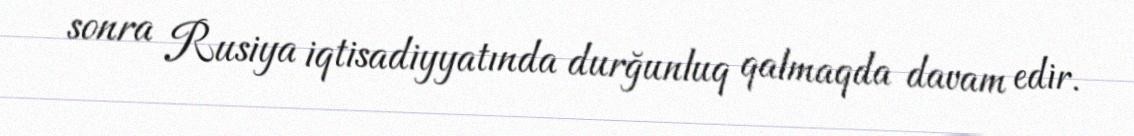
sonra Rusiya iqtisadiyyatında durğunluq qalmaqda davam edir.